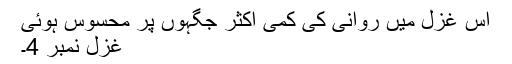
اس غزل میں روانی کی کمی اکثر جگہوں پر محسوس ہوئی
غزل نمبر 4۔